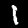
Digit: 1